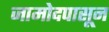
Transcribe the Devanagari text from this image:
जामोदपासून